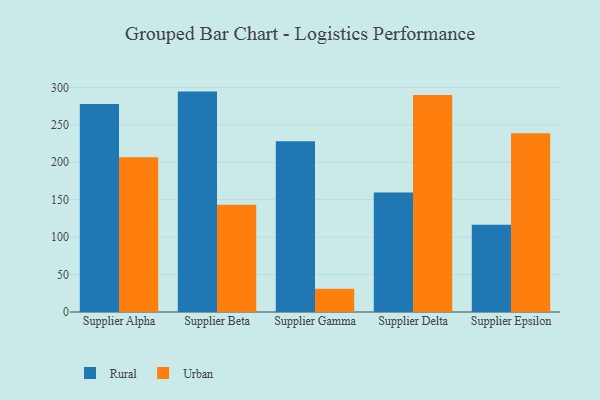
{"axis": {"x": "Supplier", "y": "Energy Usage (MWh)"}, "legend": ["Rural", "Urban"], "data": [{"x": "Supplier Alpha", "y": 278.0, "type": "Rural"}, {"x": "Supplier Alpha", "y": 206.6, "type": "Urban"}, {"x": "Supplier Beta", "y": 294.4, "type": "Rural"}, {"x": "Supplier Beta", "y": 143.2, "type": "Urban"}, {"x": "Supplier Gamma", "y": 228.2, "type": "Rural"}, {"x": "Supplier Gamma", "y": 31.0, "type": "Urban"}, {"x": "Supplier Delta", "y": 159.5, "type": "Rural"}, {"x": "Supplier Delta", "y": 289.8, "type": "Urban"}, {"x": "Supplier Epsilon", "y": 116.6, "type": "Rural"}, {"x": "Supplier Epsilon", "y": 238.8, "type": "Urban"}]}